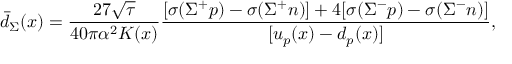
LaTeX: \bar { d } _ { \Sigma } ( x ) = \frac { 2 7 \sqrt { \tau } } { 4 0 \pi \alpha ^ { 2 } K ( x ) } \frac { [ \sigma ( \Sigma ^ { + } p ) - \sigma ( \Sigma ^ { + } n ) ] + 4 [ \sigma ( \Sigma ^ { - } p ) - \sigma ( \Sigma ^ { - } n ) ] } { [ u _ { p } ( x ) - d _ { p } ( x ) ] } ,